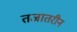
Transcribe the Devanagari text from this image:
तजातरीन